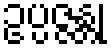
ဥပ္ပဇ္ဇန္တု